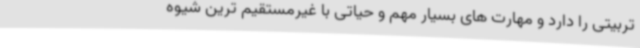
تربیتی را دارد و مهارت های بسیار مهم و حیاتی با غیرمستقیم ترین شیوه